Vital statistics of India. Vol. V, Reports of 1876 on armies & jails and on epidemic cholera
Year: 1876
Disease focus: Cholera
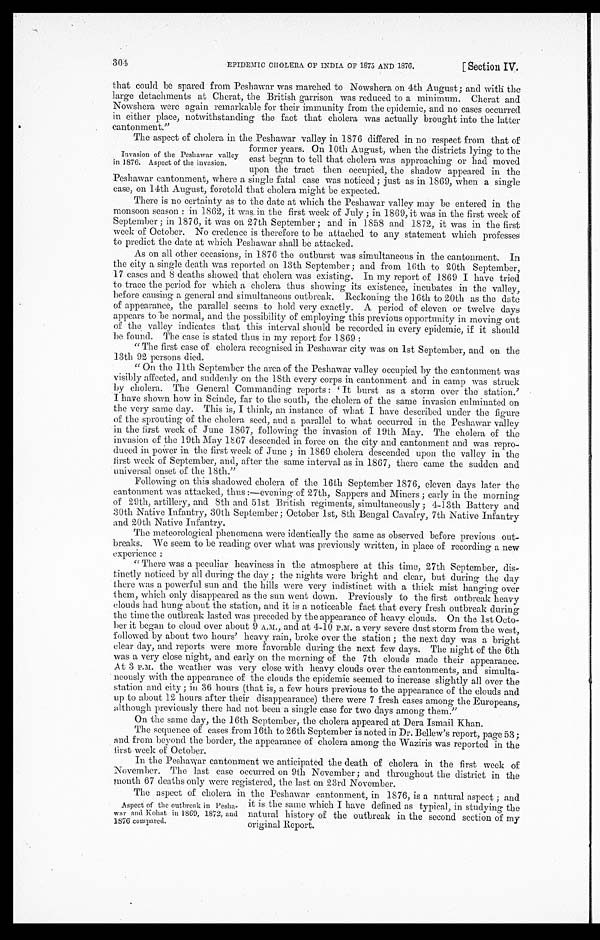
304
EPIDEMIC CHOLERA OF INDIA OF 1875 AND 1876.
[Section IV.
that could be spared from Peshawar was marched to Nowshera on 4th August; and with the
large detachments at Cherat, the British garrison was reduced to a minimum. Cherat and
Nowshera were again remarkable for their immunity from the epidemic, and no cases occurred
in either place, notwithstanding the fact that cholera was actually brought into the latter
cantonment."
The aspect of cholera in the Peshawar valley in 1876 differed in no respect from that of
former years. On 10th August, when the districts lying to the
east began to tell that cholera was approaching or had moved
upon the tract then occupied, the shadow appeared in the
Peshawar cantonment, where a single fatal case was noticed; just as in 1869, when a single
case, on 14th August, foretold that cholera might be expected.
There is no certainty as to the date at which the Peshawar valley may be entered in the
monsoon season : in 1862, it was in the first week of July; in 1869, it was in the first week of
September; in 1876, it was on 27th September; and in 1858 and 1872, it was in the first
week of October. No credence is therefore to be attached to any statement which professes
to predict the date at which Peshawar shall be attacked.
As on all other occasions, in 1876 the outburst was simultaneous in the cantonment. In
the city a single death was reported on 13th September; and from 16th to 20th September,
17 cases and 8 deaths showed that cholera was existing. In my report of 1869 I have tried
to trace the period for which a cholera thus showing its existence, incubates in the valley,
before causing a general and simultaneous outbreak. Reckoning the 16th to 20th as the date
of appearance, the parallel seems to hold very exactly. A period of eleven or twelve days
appears to be normal, and the possibility of employing this previous opportunity in moving out
of the valley indicates that this nterval should be recorded in every epidemic, if it should
be found. The case is stated thus in my report for 1869 :
"The first case of cholera recognised in Peshawar city was on 1st September, and on the
13th 92 persons died.
"On the 11th September the area of the Peshawar valley occupied by the cantonment was
visibly affected, and suddenly on the 18th every corps in cantonment and in camp was struck
by cholera. The General Commanding reports : 'It burst as a storm over the station.'
I have shown how in Scinde, far to the south, the cholera of the same invasion culminated on
the very same day. This is, I think, an instance of what I have described under the figure
of the sprouting of the cholera seed, and a parallel to what occurred in the Peshawar valley
in the first week of June 1867, following the invasion of 19th May. The cholera of the
invasion of the 19th May 1867 descended in force on the city and cantonment and was repro
- d u c e d i n p o w e r i n t h e f i r s t w e e k o f J u n e ; i n 1 8 6 9 c h o l e r a d e s c e n d e d u p o n t h e v a l l e y i n t h e
first week of September, and, after the same interval as in 1867, there came the sudden and
universal onset of the 18th."
Following on this shadowed cholera of the 16th September 1876, eleven days later the
cantonment was attacked, thus :—evening of 27th, Sappers and Miners; early in the morning
of 29th, artillery, and 8th and 51st British regiments, simultaneously; 4-13th Battery and
30th Native Infantry, 30th September; October 1st, 8th Bengal Cavalry, 7th Native Infantry
and 20th Native Infantry.
The meteorological phenomena were identically the same as observed before previous out
- b r e a k s . W e s e e m t o b e r e a d i n g o v e r w h a t w a s p r e v i o u s l y w r i t t e n , i n p l a c e o f r e c o r d i n g a n e w
experience :
"There was a peculiar heaviness in the atmosphere at this time, 27th September, dis
- t i n c t l y n o t i c e d b y a l l d u r i n g t h e d a y ; t h e n i g h t s w e r e b r i g h t a n d c l e a r , b u t d u r i n g t h e d a y
there was a powerful sun and the hills were very indistinct with a thick mist hanging over
them, which only disappeared as the sun went down. Previously to the first outbreak heavy
clouds had hung about the station, and it is a noticeable fact that every fresh outbreak during
the time the outbreak lasted was preceded by the appearance of heavy clouds. On the 1st Octo
- b e r i t b e g a n t o c l o u d o v e r a b o u t 9 A . M . , a n d a t 4 - 1 0 P . M . a v e r y s e v e r e d u s t s t o r m f r o m t h e w e s t ,
followed by about two hours' heavy rain, broke over the station; the next day was a bright
clear day, and reports were more favorable during the next few days. The night of the 6th
was a very close night, and early on the morning of the 7th clouds made their appearance.
At 3 P.M. the weather was very close with heavy clouds over the cantonments, and simulta
- n e o u s l y w i t h t h e a p p e a r a n c e o f t h e c l o u d s t h e e p i d e m i c s e e m e d t o i n c r e a s e s l i g h t l y a l l o v e r t h e
station and city; in 36 hours (that is, a few hours previous to the appearance of the clouds and
up to about 12 hours after their disappearance) there were 7 fresh cases among the Europeans,
although previously there had not been a single case for two days among them."
On the same day, the 16th September, the cholera appeared at Dera Ismail Khan.
The sequence of cases from 16th to 26th September is noted in Dr. Bellew's report, page 53;
and from beyond the border, the appearance of cholera among the Waziris was reported in the
first week of October.
In the Peshawar cantonment we anticipated the death of cholera in the first week of
November. The last case occurred on 9th November; and throughout the district in the
month 67 deaths only were registeved last on 23rd November.
The aspect of cholera in the Peshawar cantonment, in 1876, is a natural aspect; and
it is the same which I have defined as typical, in studying the
natural history of the outbreak in the second section of my
original Report.
Invasion of the Peshawar valley
in 1876. Aspect of the invasion.
Aspect of the outbreak in Pesha-
- w a r a n d K o h a t i n 1 8 6 9 , 1 8 7 2 , a n d
1876 compared.